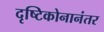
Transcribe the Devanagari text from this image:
दृष्टिकोनानंतर